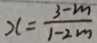
x = \frac { 3 - m } { 1 - 2 m }